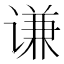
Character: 谦